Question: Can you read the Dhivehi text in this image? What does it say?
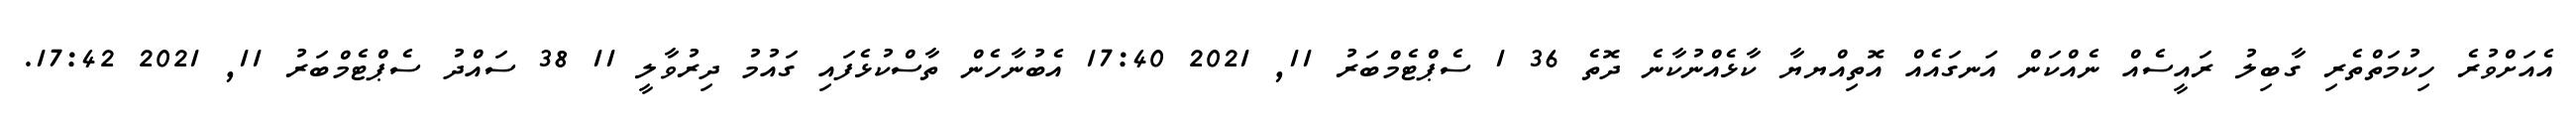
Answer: އެއަށްވުރެ ހިކުމަތްތެރި ގާބިލު ރައީސެއް ނެއްކަން އަނގައެއް އޮތިއްޔޔާ ކާޅެއްނުކާނެ ދޮތެ 36 1 ސެޕްޓެމްބަރު 11, 2021 17:40 އެބުނާހެން ތާސްކުޅެފައި ގައުމު ދިރުވާލީ 11 38 ސައްދު ސެޕްޓެމްބަރު 11, 2021 17:42.